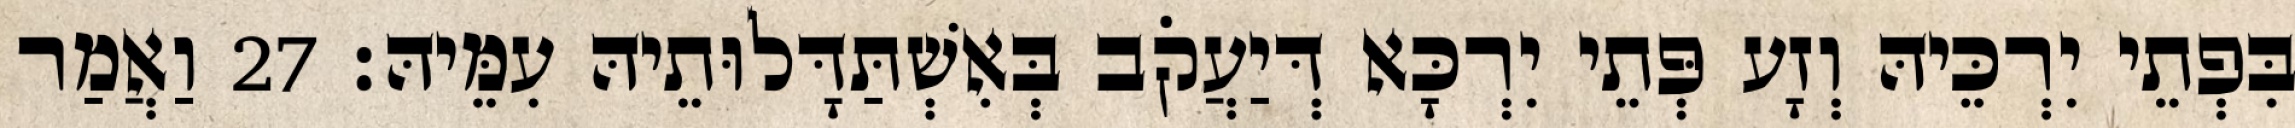
בִּפְתֵי יִרְכֵּיהּ וְזָע פְּתֵי יִרְכָּא דְּיַעֲקֹב בְּאִשְׁתַּדָּלוּתֵיהּ עִמֵּיהּ׃ 27 וַאֲמַר